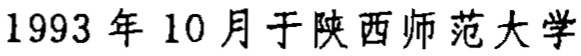
1993年10月于陕西师范大学